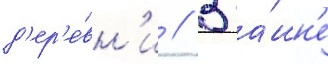
д'ер'е́вн'и // В ба́шн'е